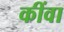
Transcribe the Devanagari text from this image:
कींवा